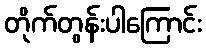
တိုက်တွန်းပါကြောင်း